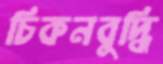
চিকনবুদ্ধি